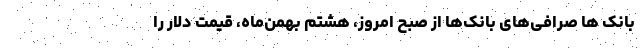
بانک ها صرافی‌های بانک‌ها از صبح امروز، هشتم بهمن‌ماه، قیمت دلار را